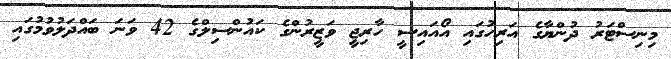
މިނިސްޓަރު ދުންޔާގެ އަރިހުގައި އޯއައިސީ ހާރިޖީ ވަޒީރުންގެ ކައުންސިލްގެ 42 ވަނަ ބައްދަލުވުމުގައި